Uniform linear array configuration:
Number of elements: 64
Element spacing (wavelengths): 0.75
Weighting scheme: hann
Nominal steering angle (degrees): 45
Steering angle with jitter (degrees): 45.726
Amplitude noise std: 0.05
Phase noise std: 0.05

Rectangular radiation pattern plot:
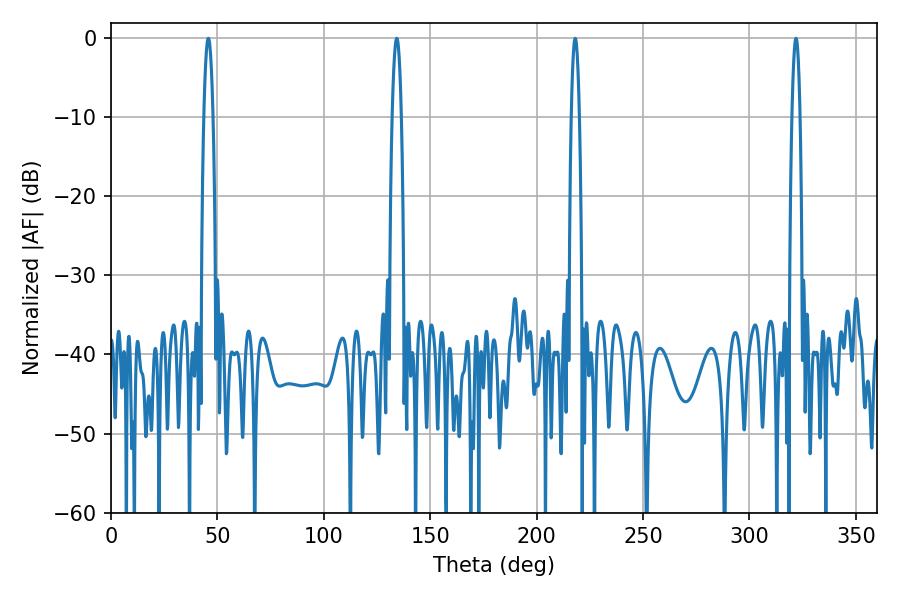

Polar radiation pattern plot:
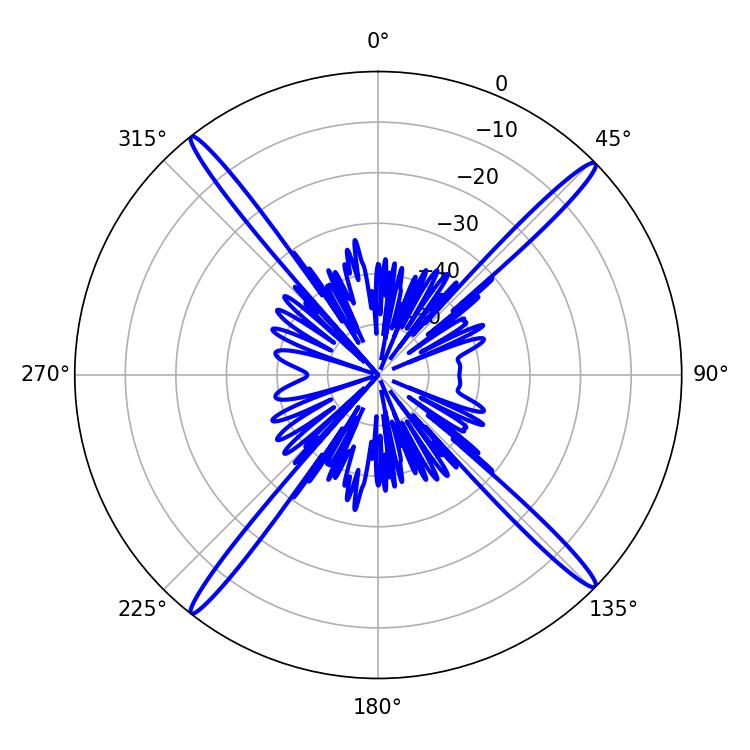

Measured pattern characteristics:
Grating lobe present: TRUE
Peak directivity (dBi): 21.185
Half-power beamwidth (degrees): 2.34
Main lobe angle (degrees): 45.72